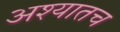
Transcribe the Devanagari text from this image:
अश्यातच